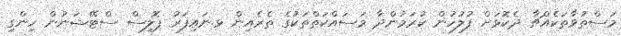
މަސްތުވާތަކެއްޗާ ދެކޮޅަށް ފުލުހުން ކުރަމުންދާ މަސައްކަތްތަކުގެ ތެރެއިން ޅ.ނައިފަރު ޕޮލިސް ސްޓޭޝަނުން ހިންގި